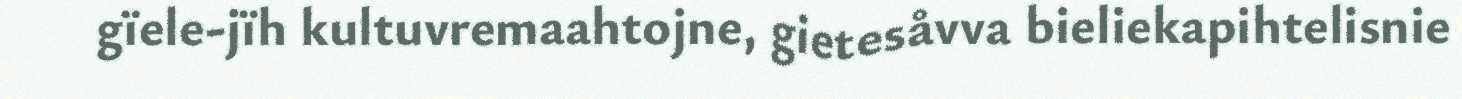
gïele-jïh kultuvremaahtojne, gietesåvva bieliekapihtelisnie